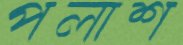
পলাশ